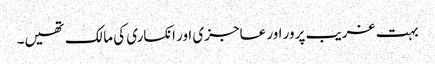
بہت غریب پرور اور عاجزی اور انکساری کی مالک تھیں۔